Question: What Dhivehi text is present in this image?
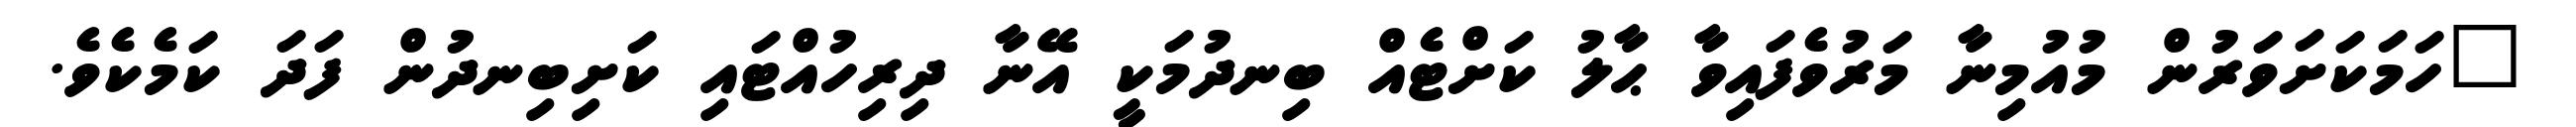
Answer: "ހަމަކަށަވަރުން މުއުމިނާ މަރުވެފައިވާ ޙާލު ކަށްޓެއް ބިނދުމަކީ އޭނާ ދިރިހުއްޓައި ކަށިބިނދުން ފަދަ ކަމެކެވެ.